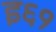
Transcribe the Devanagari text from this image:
इ६१